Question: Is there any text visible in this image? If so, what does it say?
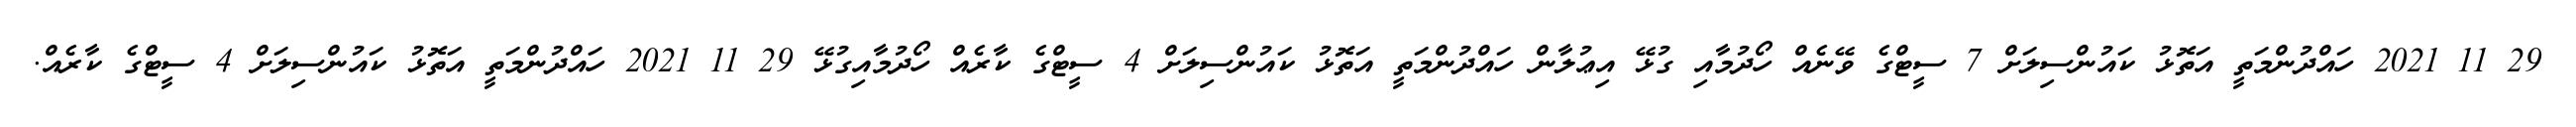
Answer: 29 11 2021 ހައްދުންމަތީ އަތޮޅު ކައުންސިލަށް 7 ސީޓްގެ ވޭނެއް ހޯދުމާއި ގުޅޭ އިޢުލާން ހައްދުންމަތީ އަތޮޅު ކައުންސިލަށް 4 ސީޓްގެ ކާރެއް ހޯދުމާއިގުޅޭ 29 11 2021 ހައްދުންމަތީ އަތޮޅު ކައުންސިލަށް 4 ސީޓްގެ ކާރެއް.